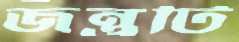
জন্তুটি